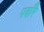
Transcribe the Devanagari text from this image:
पवाँरे